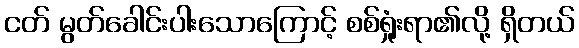
ငတ် မွတ်ခေါင်းပါးသောကြောင့် စစ်ရှုံးရာ၏လို့ ရှိတယ်